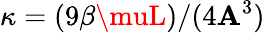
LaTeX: \kappa=(9\beta\muL)/(4\mathbf{A}^{3})